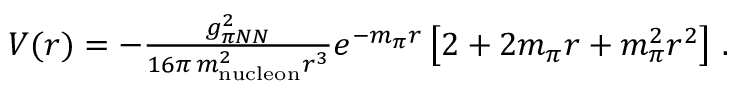
\begin{array} { r } { \! \! \! \! V ( r ) = - \frac { g _ { \pi N N } ^ { 2 } } { 1 6 \pi \, m _ { \mathrm { n u c l e o n } } ^ { 2 } r ^ { 3 } } e ^ { - m _ { \pi } r } \left[ 2 + 2 m _ { \pi } r + m _ { \pi } ^ { 2 } r ^ { 2 } \right] \, . } \end{array}